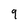
Character: 9